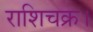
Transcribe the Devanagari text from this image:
राशिचक्र।